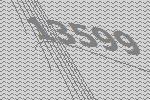
13599